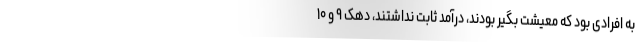
به افرادی بود که معیشت بگیر بودند، درآمد ثابت نداشتند، دهک ۹ و ۱۰